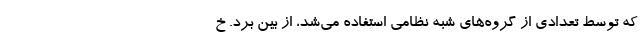
که توسط تعدادی از گروه‌های شبه نظامی استفاده می‌شد، از بین برد. خ